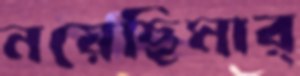
নয়েছিমার্